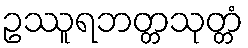
ဥဿူရဘတ္တသုတ္တံ